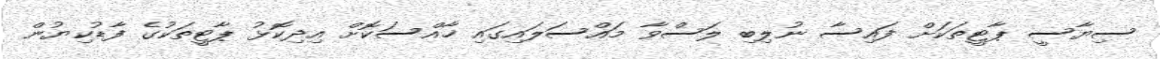
ސިޔާސީ ޕާޓީތަކަށް ފައިސާ ނުލިބި ލަސްވާ މައްސަލައިގައި ޚާއްސަކޮށް އިދިކޮޅު ޕާޓީތަކުގެ ފާޑުކިޔުން